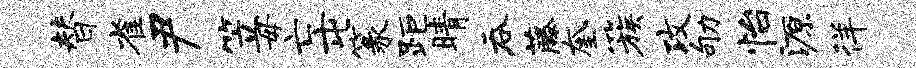
替雀尹笠毋亡屯篆距睛吞藤奎簇攻劬怡源徉